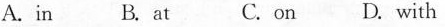
A. in B. at C. on D. with